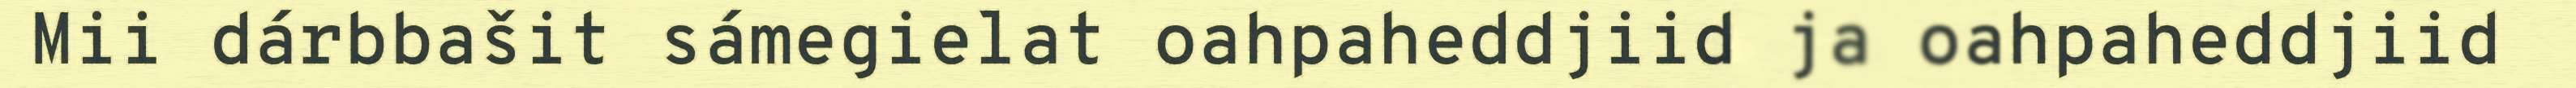
Mii dárbbašit sámegielat oahpaheddjiid ja oahpaheddjiid